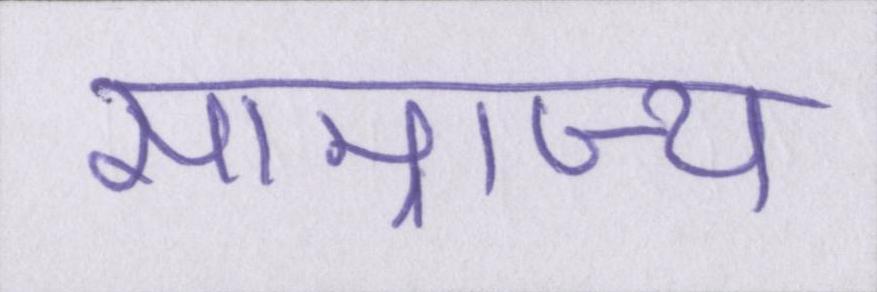
साम्राज्य